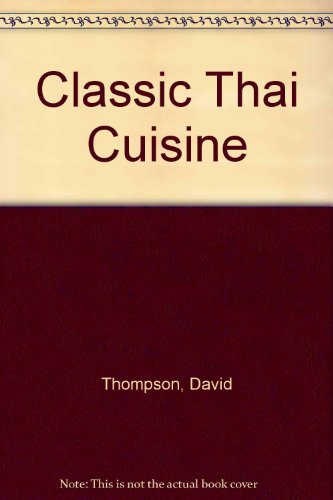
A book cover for Classic Thai Cuisine; David Thompson; Cookbooks, Food & Wine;